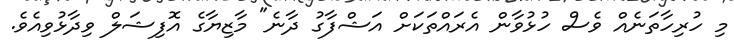
މި ހުރިހާތަނެއް ވެސް ހުޅުވާން އެރައްތަކަށް އަޝްފާގު ދާނެ" މާޒިޔާގެ އޮފިޝަލް ވިދާޅުވިއެވެ.